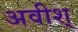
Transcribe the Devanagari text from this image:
अवीश्